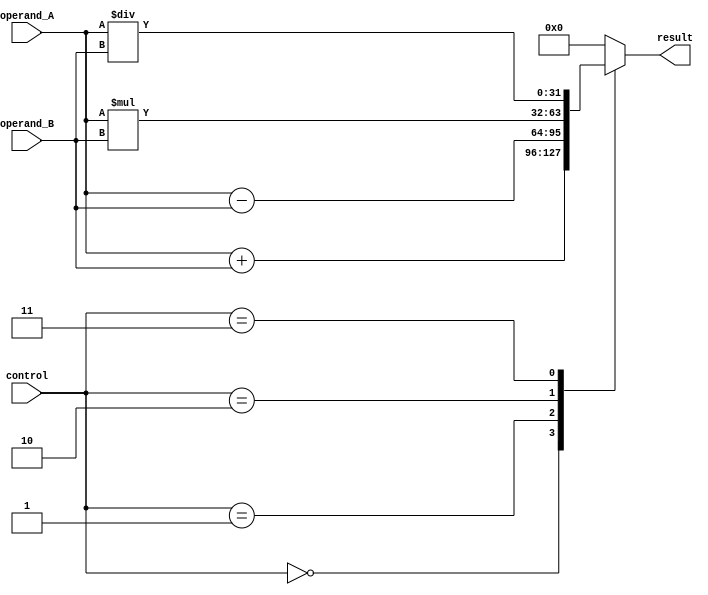
module ALU(
    input [31:0] operand_A,
    input [31:0] operand_B,
    input [3:0] control,
    output reg [31:0] result
);

// Arithmetic blocks
reg [31:0] add_result;
reg [31:0] sub_result;
reg [31:0] mul_result;
reg [31:0] div_result;

always @(*)
begin
    case(control)
        4'b0000: result = operand_A + operand_B; // Addition
        4'b0001: result = operand_A - operand_B; // Subtraction
        4'b0010: result = operand_A * operand_B; // Multiplication
        4'b0011: result = operand_A / operand_B; // Division
        default: result = 0;
    endcase
end

endmodule